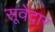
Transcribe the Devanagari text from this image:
सूवेदार